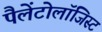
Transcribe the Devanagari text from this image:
पैलेंटोलॉजिस्ट